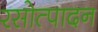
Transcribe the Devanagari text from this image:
रसोत्पादन